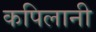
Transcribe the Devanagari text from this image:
कपिलानी